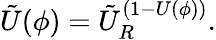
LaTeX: \tilde{U}(\phi)=\tilde{U}_{R}^{(1-U(\phi))}.